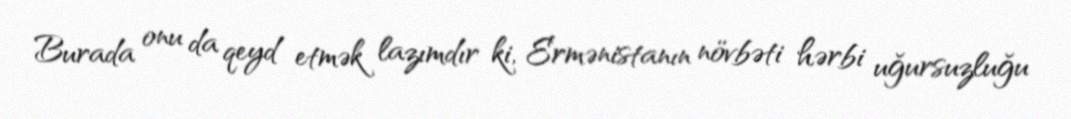
Burada onu da qeyd etmək lazımdır ki, Ermənistanın növbəti hərbi uğursuzluğu